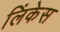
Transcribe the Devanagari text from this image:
लिंकेस